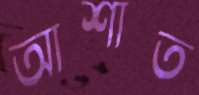
আশাত